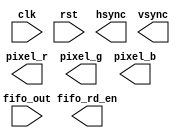
`timescale 1ns / 1ps
//////////////////////////////////////////////////////////////////////////////////
// Company: 
// Engineer: 
// 
// Design Name: 
// Module Name:    main_logic 
// Project Name: 
// Target Devices: 
// Tool versions: 
// Description: 
//
// Dependencies: 
//
// Revision: 
// Revision 0.01 - File Created
// Additional Comments: 
//
//////////////////////////////////////////////////////////////////////////////////
module timing_generator(clk, rst, fifo_out, fifo_rd_en, pixel_r, pixel_g, pixel_b, hsync, vsync);
    input clk;
    input rst;
    input [23:0] fifo_out;
	 output fifo_rd_en; 
    output [7:0] pixel_r;
    output [7:0] pixel_g;
    output [7:0] pixel_b;
	 output hsync;
	 output vsync;
	 
	 reg hor_state;
	 reg ver_state; 
	 
	 

endmodule